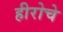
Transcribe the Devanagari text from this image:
हीरोचे